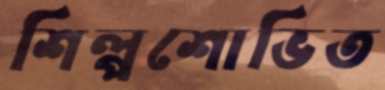
শিল্পশোভিত